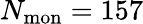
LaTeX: N_{\mathrm{mon}}=157